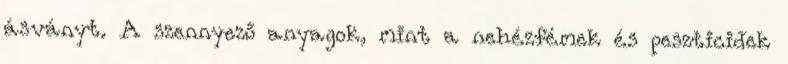
ásványt. A szennyező anyagok, mint a nehézfémek és peszticidek